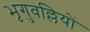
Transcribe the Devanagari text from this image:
भृगुवल्लियों